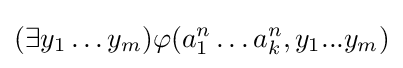
(\exists y_{1}\ldots y_{m})\varphi (a_{1}^{n}\ldots a_{k}^{n},y_{1}...y_{m})